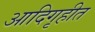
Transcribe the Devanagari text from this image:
आदिगृहीत